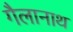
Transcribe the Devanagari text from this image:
गैलानाथ